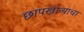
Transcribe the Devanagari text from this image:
छापखान्याचा